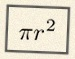
\pi r^2